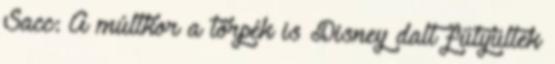
Sacc: A múltkor a törpék is Disney dalt fütyültek